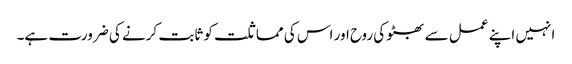
انہیں اپنے عمل سے بھٹو کی روح اور اس کی مماثلت کو ثابت کرنے کی ضرورت ہے۔